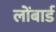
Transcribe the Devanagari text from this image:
लोंबार्ड